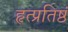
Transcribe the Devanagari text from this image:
हृत्प्रतिष्ठं